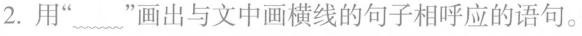
2.用”﹏”画出与文中画横线的句子相呼应的语句。